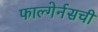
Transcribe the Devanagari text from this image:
फाल्गेर्नसची